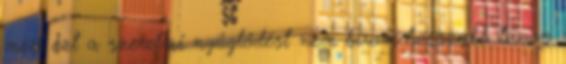
mert ezt a szerelmi nyűglődést nem bírom hosszabb távon